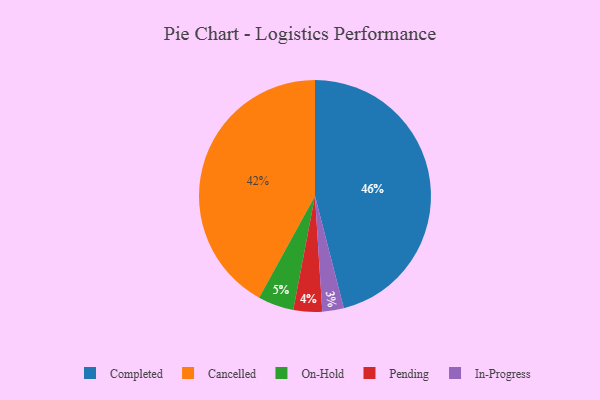
{"axis": {"x": "Category", "y": "Percentage"}, "legend": ["Cancelled", "Completed", "In-Progress", "On-Hold", "Pending"], "data": [{"x": "Completed", "y": 46, "type": "Completed"}, {"x": "Pending", "y": 4, "type": "Pending"}, {"x": "On-Hold", "y": 5, "type": "On-Hold"}, {"x": "In-Progress", "y": 3, "type": "In-Progress"}, {"x": "Cancelled", "y": 42, "type": "Cancelled"}]}